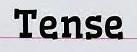
Tense